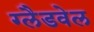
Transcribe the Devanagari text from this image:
ग्लैडवेल